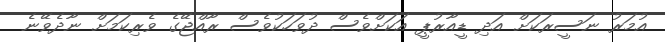
އުމަރު ނަސީރަކަށް އަދި ޑީއާރުޕީ އަކަށްވެސް ދުވަހަކުވެސް ރާއްޖޭގެ ވެރިކަމަށް ނާދެވޭނެ